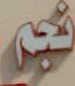
نبي